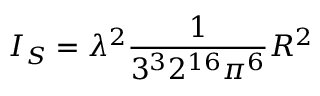
I _ { S } = \lambda ^ { 2 } \frac { 1 } { 3 ^ { 3 } 2 ^ { 1 6 } \pi ^ { 6 } } R ^ { 2 }